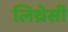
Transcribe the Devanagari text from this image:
लिथ्रेसी